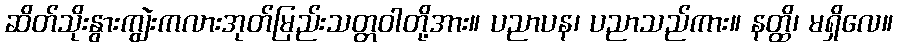
ဆိတ်သိုးနွားကျွဲးကလားအုတ်မြည်းသတ္တဝါတို့အား။ ပညာပန၊ ပညာသည်ကား။ နတ္ထိ၊ မရှိလေ။